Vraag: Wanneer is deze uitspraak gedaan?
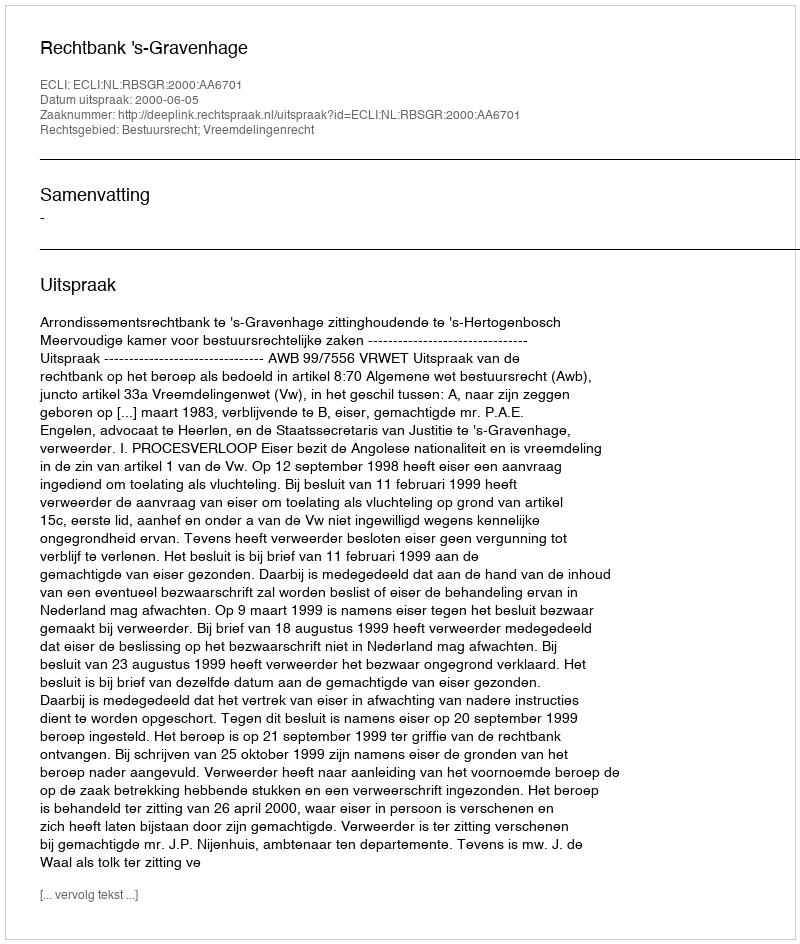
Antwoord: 2000-06-05